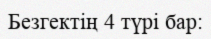
Безгектің 4 түрі бар: